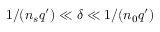
1 / ( n _ { s } q ^ { \prime } ) \ll \delta \ll 1 / ( n _ { 0 } q ^ { \prime } )